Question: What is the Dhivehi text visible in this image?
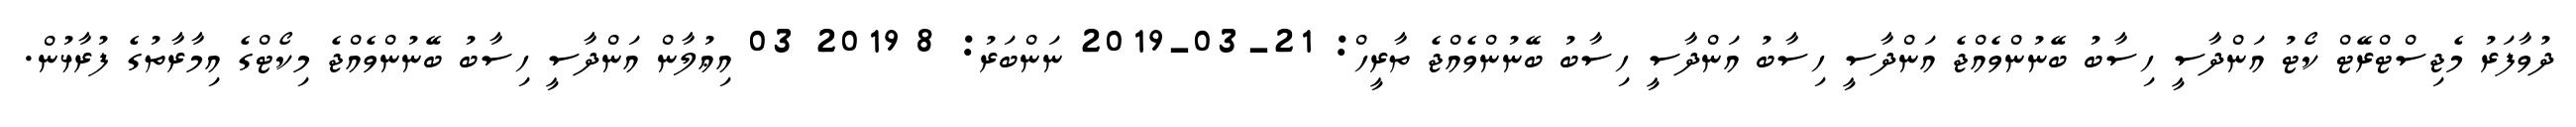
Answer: ދުވާފަރު މެޖިސްޓްރޭޓް ކޯޓު އަންދާސީ ހިސާބު ބޭނުންވެއްޖެ އަންދާސީ ހިސާބު އަންދާސީ ހިސާބު ބޭނުންވެއްޖެ ތާރީހް: 21-03-2019 ނަންބަރު: 8 2019 03 އިޢުލާން އަންދާސީ ހިސާބު ބޭނުންވެއްޖެ މިކޯޓްގެ އިމާރާތުގެ ފުރާޅުން.